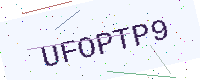
Text: UFOPTP9